Bréfritari: Sigríður Hallsdóttir
Viðtakandi: Jón Borgfirðings Jónsson
Dagsetning: A-1858-03-15
Skrifað á: Syðra-Vallholti  Skag.

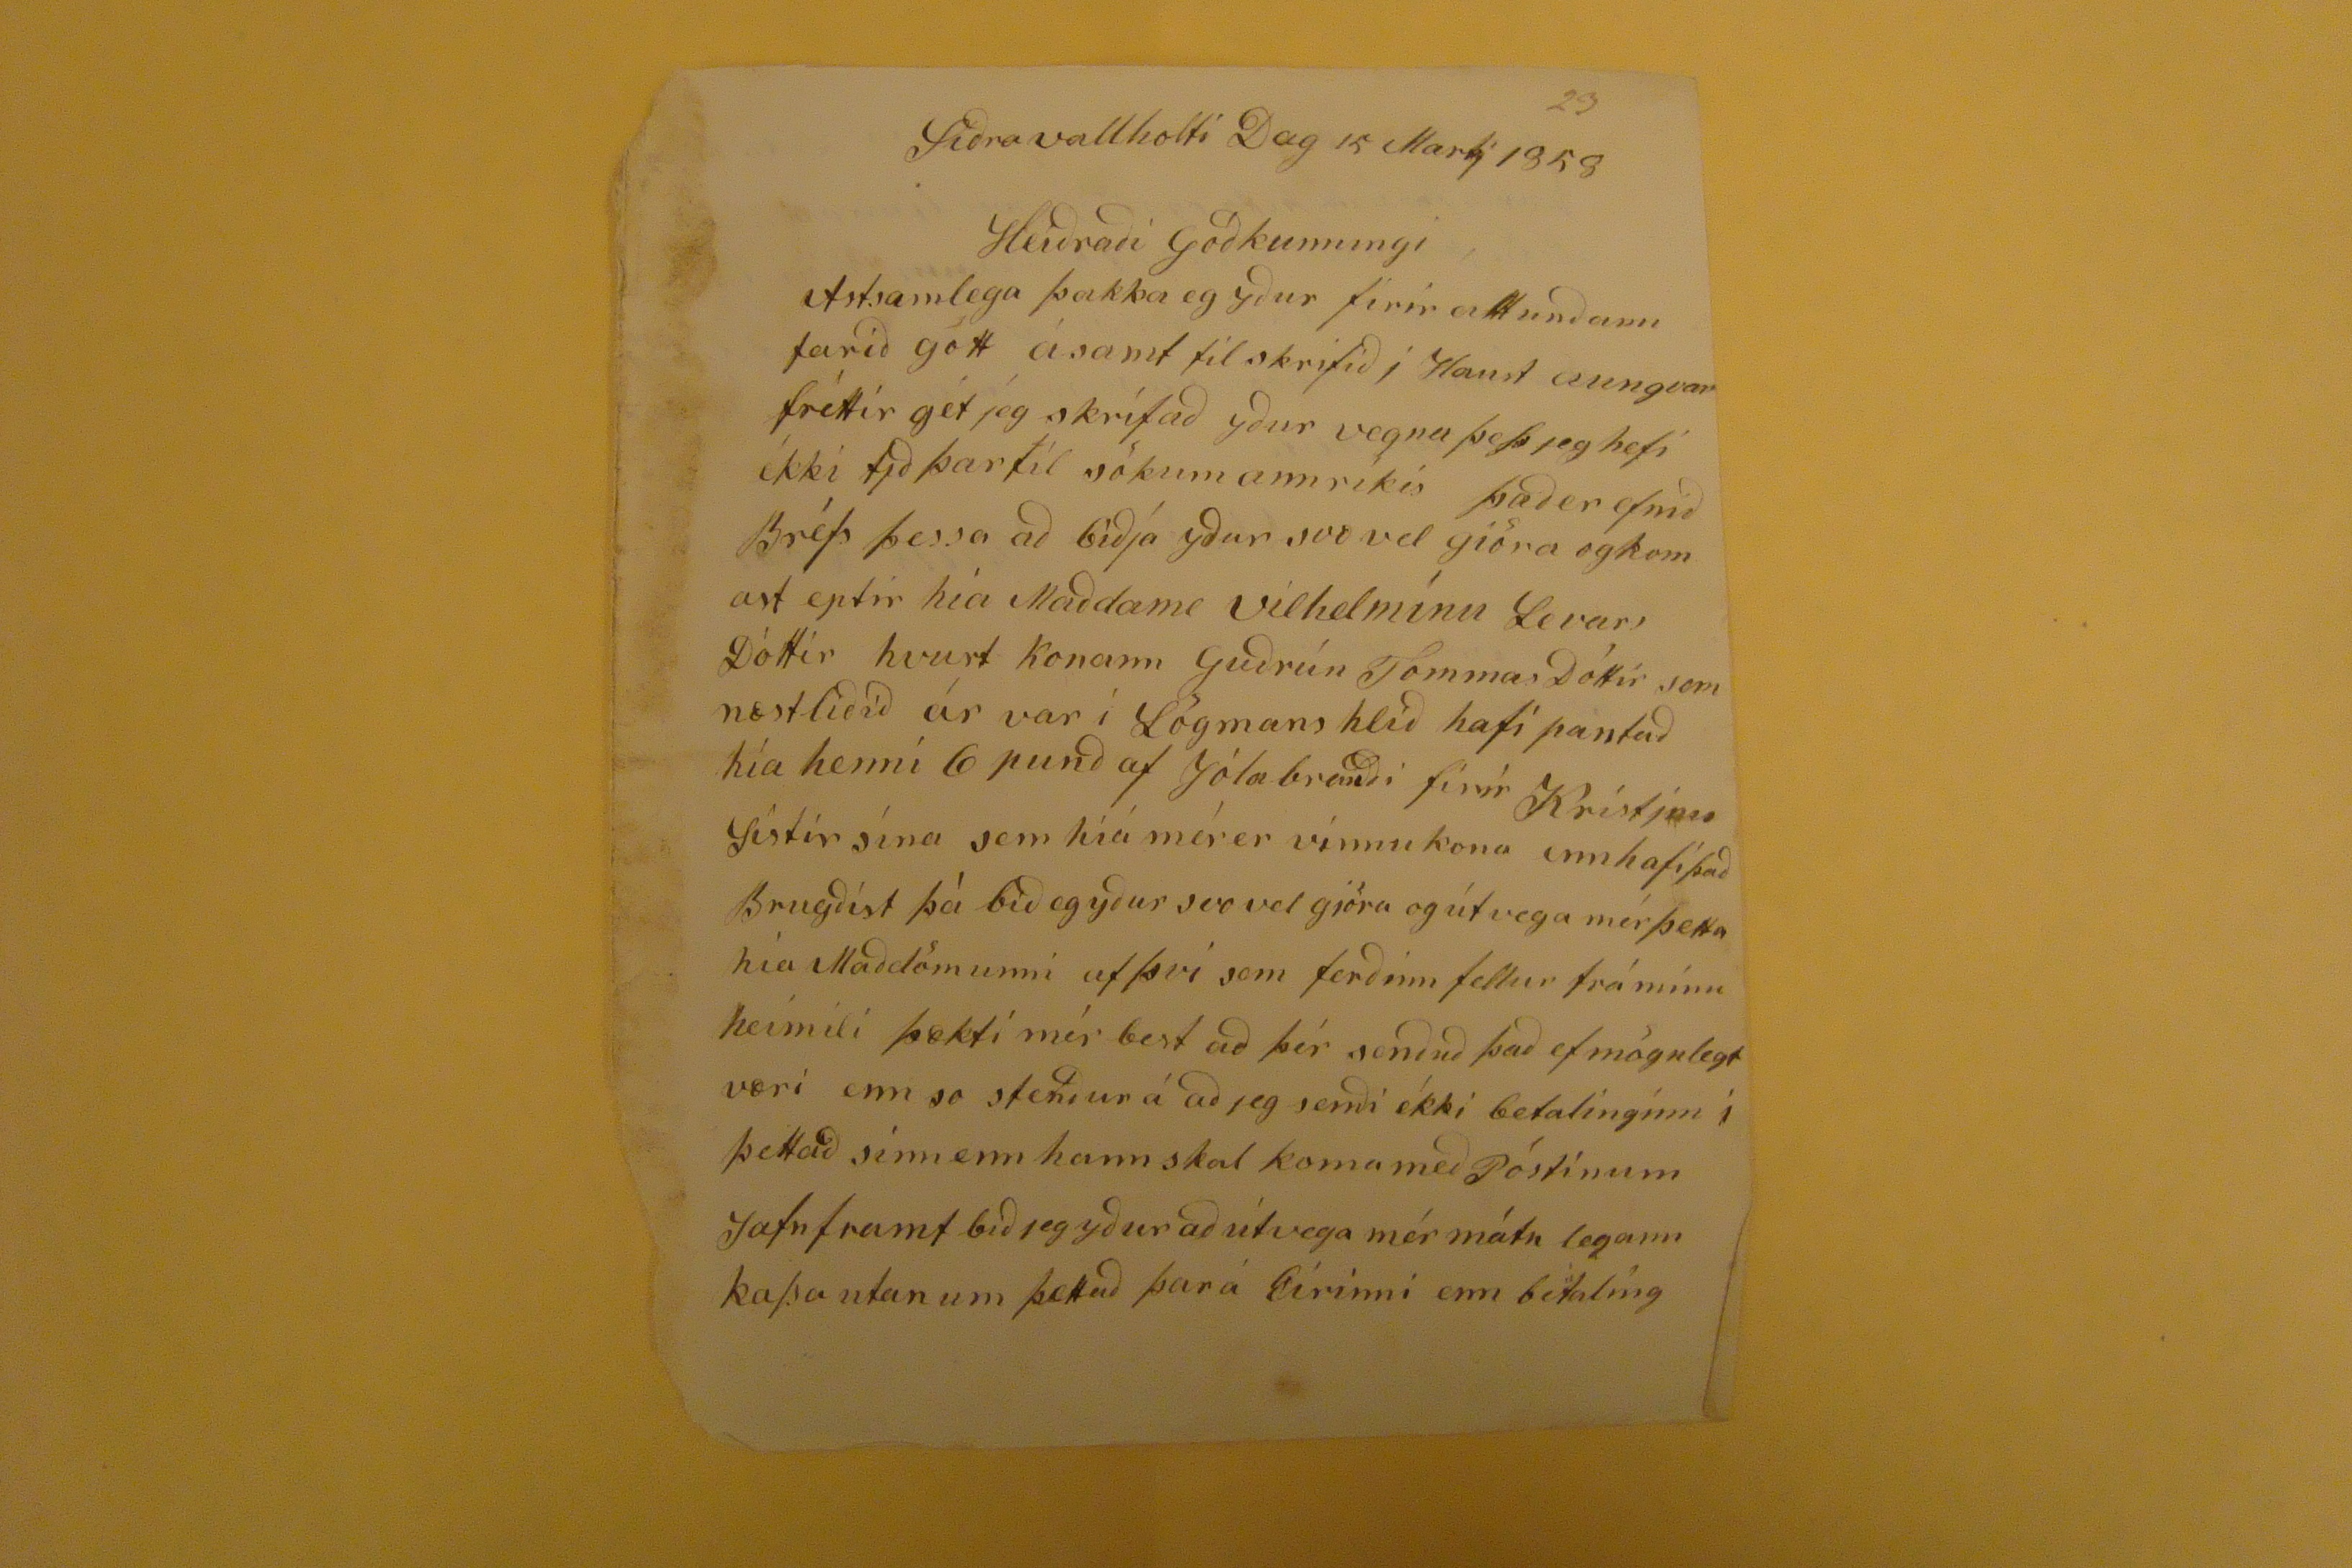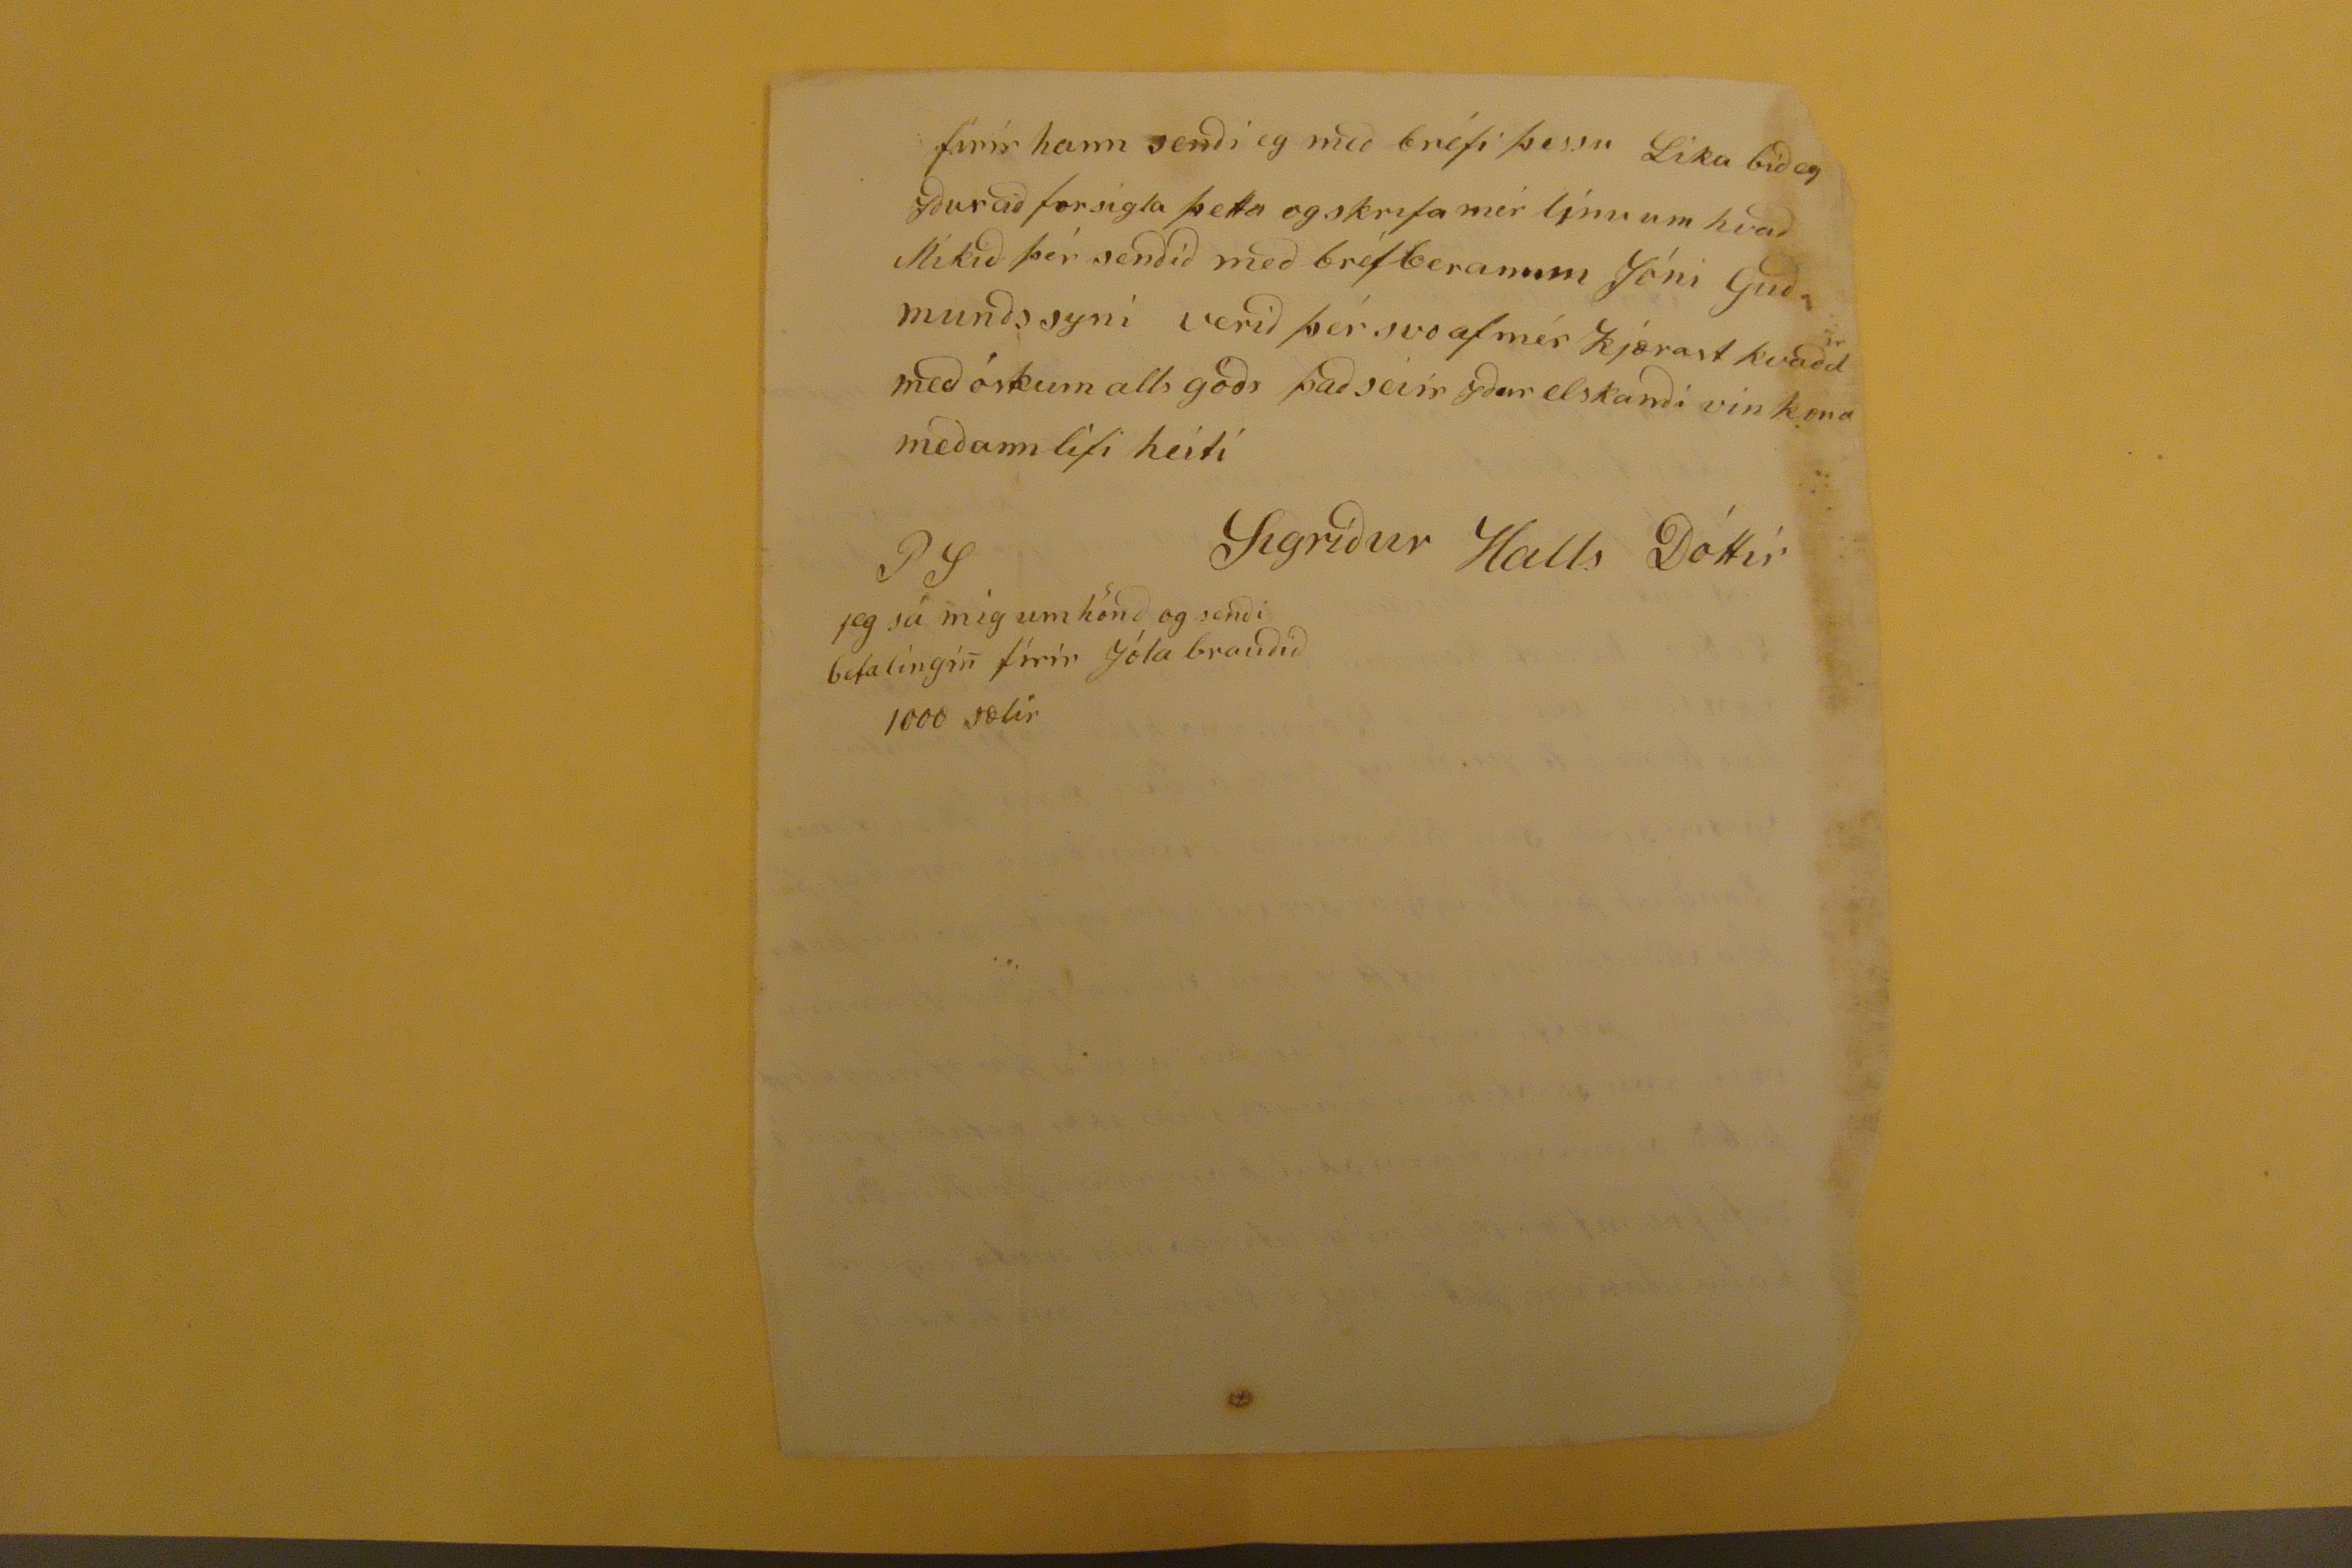

Siðravallholti Dag 15 Marts 1858
Heiðraði Góðkunningi
Astsamlega þakka eg yður firir alt unðann farið gott ásamt til skrifið i Haust aungvar fréttir gét jeg skrífað yður vegna þess jeg hefi ékki tjð þartil sökum annríkis það er efnið Bréfs þessa að biðja yður svo vel giöra og komast eptir hia Maðdame Vilhelmínu LevarsDóttir hvurt konann Guðrún TommasDóttir sem næstliðið ár var í Lögmans hlið hafi pantað hía henni 6 punð af Jólabrauði firir Kristjnu sistir sína sem híá mér er vinnukona ennhafi það Brugðist þá bið eg yður svo vel gjöra g útvega mér þetta há Maðdömunni af því sem ferðinn fellur frá mínu heimili þætki mér best að þér senðuð það ef mögulegt væri enn so stenður á að jeg senði ékki betalinginn i þettað sinn enn hann skal koma með Póstinum Jafnframt bið jeg yður að útvega mér mátu legann kassa utanum þettað þar á Eírinni enn betaling
fírír hann senði eg með bréfi þessu Líka bið eg yður að forsigla þetta og skrifa mér ljnu um hvað Mikið þér senðið með bréfberanum Jóni Guðmunðssyni verið þér svo af mér kjærast kvaðd
ir
með óskum alls góðs það seiir yðar elskanði vinkona meðann lifi heiti
Sigríður Halls Dóttir
PS
jeg sá mig um hönð og senði betalingin firir Jólabrauðið 1000 sælir